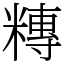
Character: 䊜